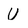
Character: U